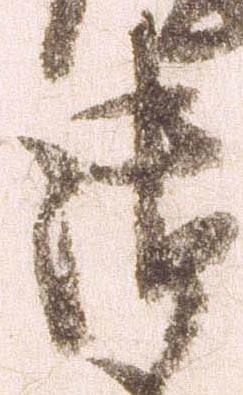
御